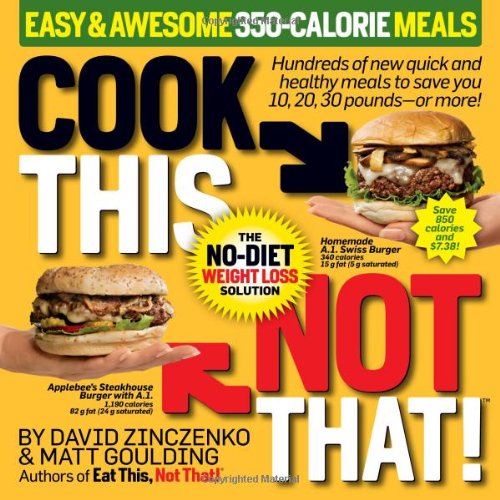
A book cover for Cook This, Not That! Easy & Awesome 350-Calorie Meals; David Zinczenko; Health, Fitness & Dieting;